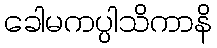
ခေါမကပ္ပါသိကာနိ